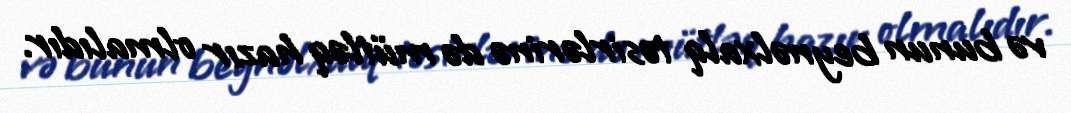
və bunun beynəlxalq təsirlərinə də mütləq hazır olmalıdır.